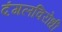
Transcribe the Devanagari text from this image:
दंगलविरोधी